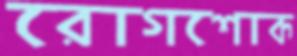
রোগশোক